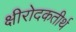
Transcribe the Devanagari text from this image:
क्षीरोदकतीर्थ